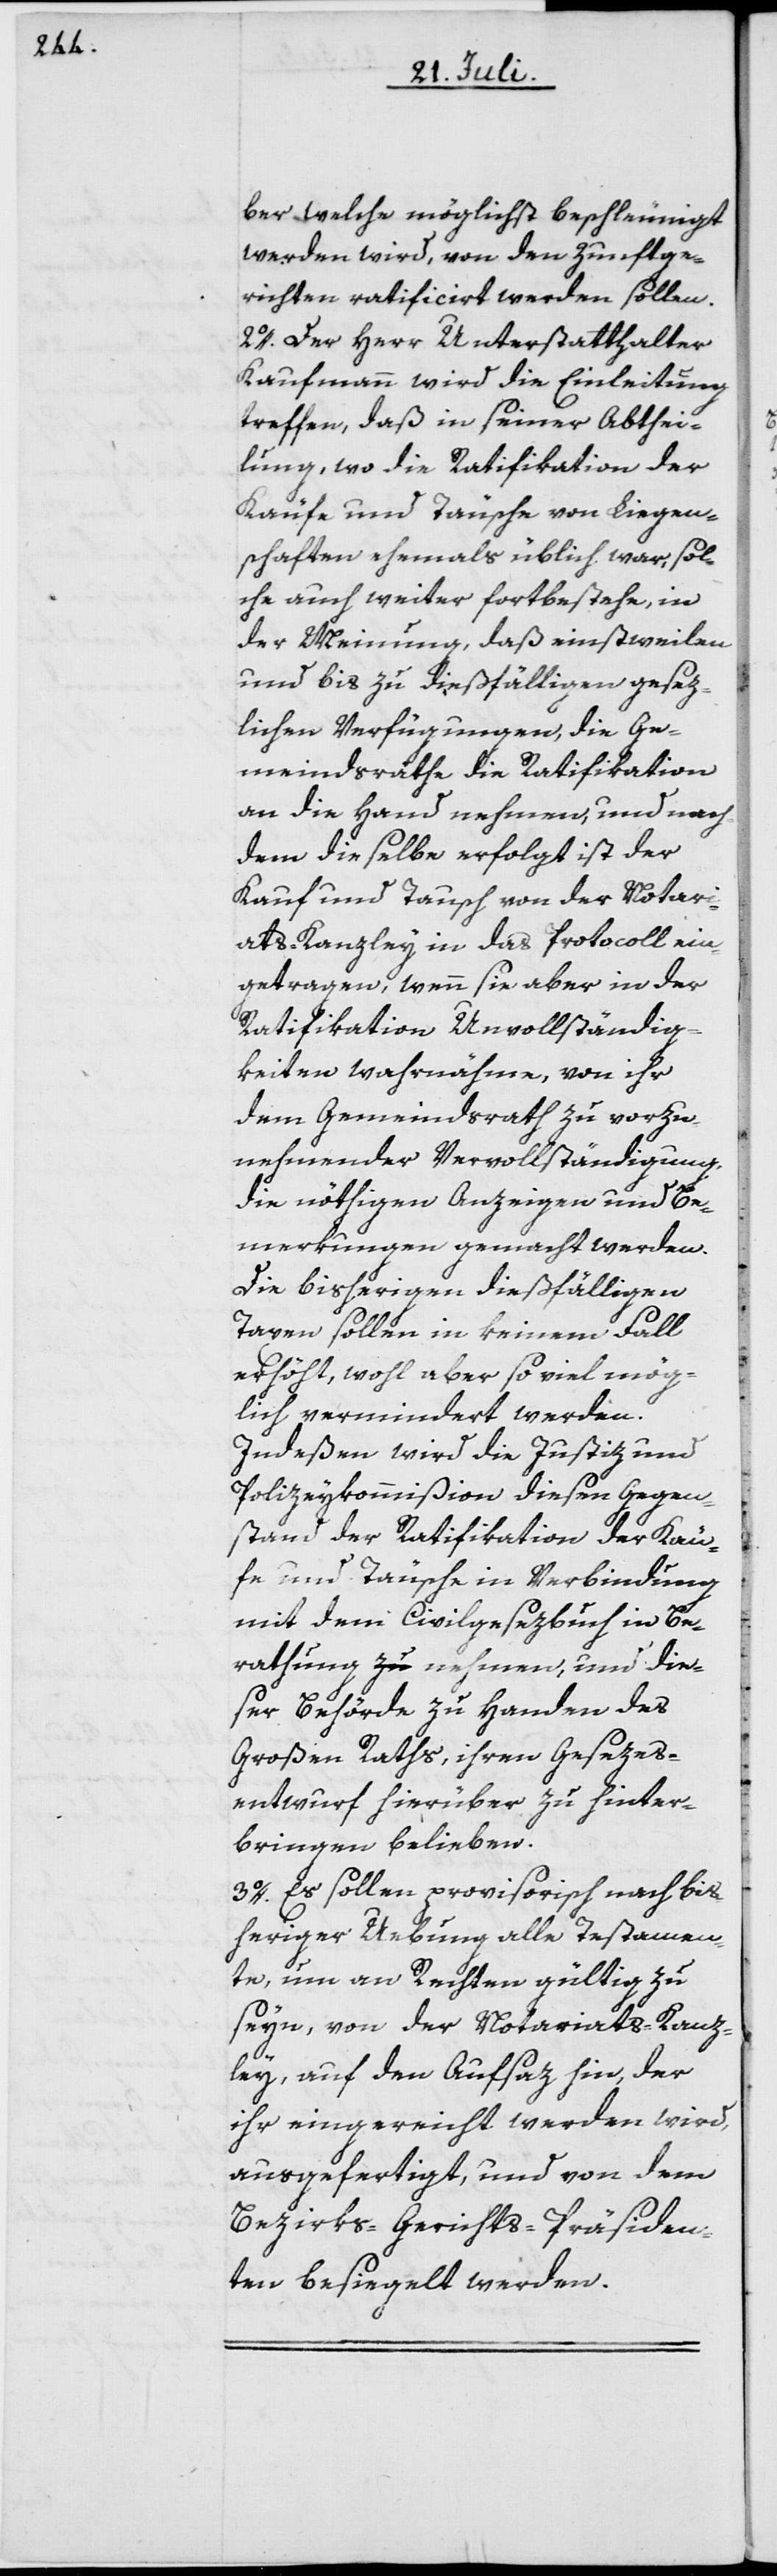
ber, welche möglichst beschleunigt
werden wird, von den Zunftge¬
richten ratificirt werden sollen.
2o. Der Herr Unterstatthalter
Kaufmann wird die Einleitung
treffen, daß in seiner Abthei¬
lung, wo die Ratifikation der
Käufe und Täusche von Liegen¬
schaften ehemals üblich war, sol¬
che auch weiter fortbestehe, in
der Meinung, daß einstweilen
und bis zu dießfälligen gesez¬
lichen Verfügungen, die Ge¬
meindsräthe die Ratifikation
an die Hand nehmen, und nach¬
dem dieselbe erfolgt ist der
Kauf und Tausch von der Notari¬
ats-Kanzley in das Protocoll ein¬
getragen, wenn sie aber in der
Ratifikation Unvollständig¬
keiten wahrnähme, von ihr
dem Gemeindsrath zu vorzu¬
nehmender Vervollständigung
die nöthigen Anzeigen und Be¬
merkungen gemacht werden.
Die bisherigen dießfälligen
Taxen sollen in keinem Fall
erhöht, wohl aber so viel mög¬
lich vermindert werden.
Indeßen wird die Justiz und
Polizeykommißion diesen Gegen¬
stand der Ratifikation der Käu¬
fe und Täusche in Verbindung
mit dem Civilgesezbuch in Be¬
rathung nehmen, und die¬
ser Behörde zu Handen des
Großen Raths, ihren Gesezes¬
entwurf hierüber zu hinter¬
bringen belieben.
3o. Es sollen provisorisch nach bis¬
heriger Uebung alle Testamen¬
te, um an Rechten gültig zu
seyn, von der Notariats-Kanz¬
ley auf den Aufsaz hin, der
ihr eingereicht werden wird,
ausgefertigt, und von dem
Bezirks-Gerichts-Präsiden¬
ten besiegelt werden.